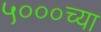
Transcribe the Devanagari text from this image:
५०००च्या